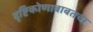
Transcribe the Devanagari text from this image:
दृष्टिकोणाबाबतचा